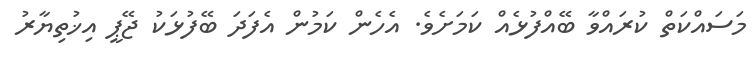
މަސައްކަތް ކުރައްވާ ބޭއްފުޅެއް ކަމަށެވެ. އެހެން ކަމުން އެފަދަ ބޭފުޅަކު ޖޭޕީ އިޚުތިޔާރު